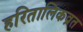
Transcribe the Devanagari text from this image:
हरितालिकव्रत